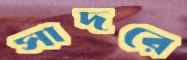
সাদরে